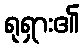
ရုရှား၏